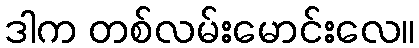
ဒါက တစ်လမ်းမောင်းလေ။